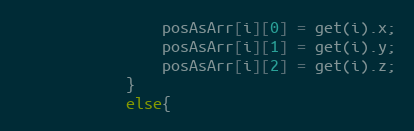
Language: Java
				posAsArr[i][0] = get(i).x;
				posAsArr[i][1] = get(i).y;
				posAsArr[i][2] = get(i).z;
			}
			else{